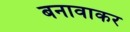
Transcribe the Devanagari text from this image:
बनावाकर